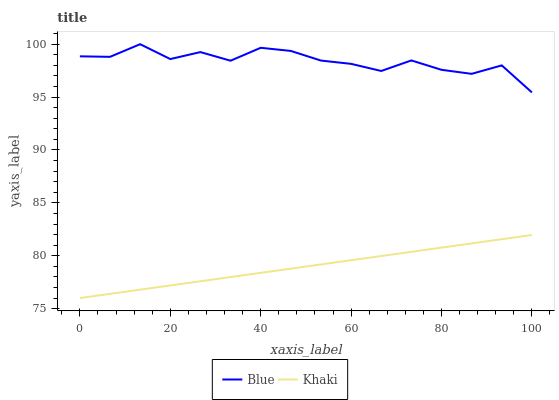
| xaxis_label | Blue | Khaki |
 | --- | --- | --- |
 | 0 | 98.9 | 76 |
 | 6.67 | 98.8 | 76.4 |
 | 13.3 | 100 | 76.8 |
 | 20 | 98.6 | 77.2 |
 | 26.7 | 99.3 | 77.6 |
 | 33.3 | 98.4 | 78 |
 | 40 | 99.7 | 78.4 |
 | 46.7 | 99.4 | 78.8 |
 | 53.3 | 98.5 | 79.2 |
 | 60 | 98.1 | 79.6 |
 | 66.7 | 97.5 | 80 |
 | 73.3 | 98.5 | 80.4 |
 | 80 | 97.6 | 80.8 |
 | 86.7 | 97.2 | 81.2 |
 | 93.3 | 98 | 81.6 |
 | 100 | 95.4 | 82 |